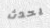
يحدث